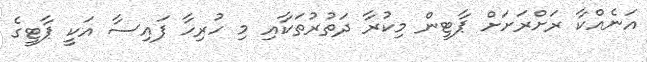
އަނެއްކާ ރަށްރަށަށް ޕާޓީން މިކުރާ ދަތުރުތަކާއި މި ހުރިހާ ފައިސާ އަކީ ޕާޓީގެ